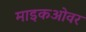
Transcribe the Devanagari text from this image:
माइकओवर